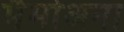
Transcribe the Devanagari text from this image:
मैमोअना